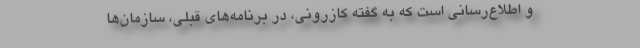
و اطلاع‌رسانی است که به گفته کازرونی، در برنامه‌های قبلی، سازمان‌ها